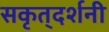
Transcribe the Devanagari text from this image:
सकृत्‌दर्शनी